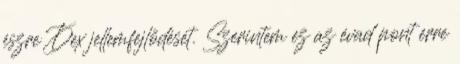
észre Dex jellemfejlődését. Szerintem ez az évad pont erre